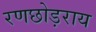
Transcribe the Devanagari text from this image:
रणछोड़राय